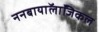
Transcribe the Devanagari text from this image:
ननबायाॅलाॅजिकल